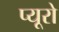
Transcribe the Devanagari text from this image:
प्यूरो